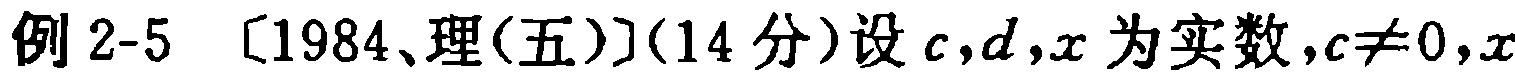
例2-5 [1984、理(五)](14分)设$c,d,x$为实数,$c\neq0,x$